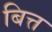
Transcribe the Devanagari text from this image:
बित्त